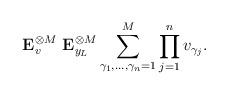
LaTeX: \begin{align*}{\bf E}_v^{\otimes M} \ {\bf E}_{y_L}^{\otimes M} \sum_{\gamma_1,...,\gamma_n = 1}^M \prod_{j=1}^n v_{\gamma_j}.\end{align*}